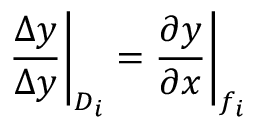
\frac { \Delta y } { \Delta y } \bigg | _ { D _ { i } } = \frac { \partial y } { \partial x } \bigg | _ { f _ { i } }